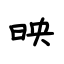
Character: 映